Annual report of the Punjab Veterinary College and of the Civil Veterinary Department, Punjab - 1920-1925
Year: 1920
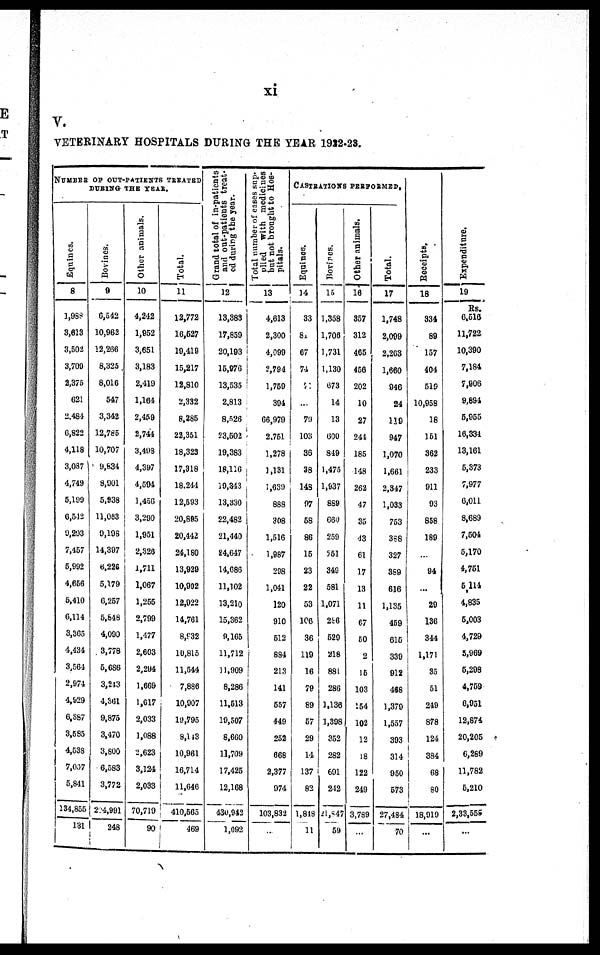
xi
V.
VETERI NARY HOSPI TALS DURI NG T H E YEAR 1922- 23.
NUMBER OF OUT-PATIENTS TREATED
DURING THE YEAR.
Equines.
8
1, 988
3, 613
3, 502
3, 700
2, 375
621
2, 484
6, 822
4, 118
3, 087
4, 749
5, 199
6, 512
9, 293
7, 457
5, 992
4, 656
5, 410
6, 114
3, 365
4, 434
3, 564
2, 974
4, 929
6, 887
3, 585
4, 538
7, 007
5, 841
134, 855
131
Bovines.
9
6, 542
10, 962
12, 266
8, 325
8, 016
547
3, 342
12, 785
10, 707
9, 834
8, 901
5, 938
11, 083
9, 198
14, 397
6, 226
5, 179
6, 257
5, 848
4, 090
3, 778
5, 686
3, 243
4, 361
9, 875
3, 470
3, 800
6, 583
3, 772
204, 991
248
Other animals.
10
4, 242
1, 952
3, 651
3, 183
2, 419
1, 164
2, 459
2, 744
3, 498
4, 397
4, 594
1, 456
3, 290
1, 951
2, 326
1, 711
1, 067
1, 255
2, 799
1, 477
2, 603
2, 294
1, 669
1, 617
2, 033
1, 088
2, 623
3, 124
2, 033
70, 719
90
Total.
11
12, 772
16, 527
19, 419
15, 217
12, 810
2, 332
8, 285
22, 351
18, 323
17, 318
18, 244
12, 593
20, 895
20, 442
24, 180
13, 929
10, 902
12, 922
14, 761
8, 832
10, 815
11, 544
7, 886
10, 907
19, 795
8, 143
10, 961
16, 714
11, 646
410, 565
469
Grand total of in-patients
and out-patients treat-
ed during the year.
12
13, 383
17, 859
20, 193
15, 976
13, 535
2, 813
8, 526
23, 502
19, 383
18, 116
19, 343
13, 330
22, 482
21, 440
24, 647
14, 686
11, 102
13, 210
15, 362
9, 165
11, 712
11, 909
8, 286
11, 513
19, 507
8, 660
11, 709
17, 425
12, 168
430, 942
1, 092
Total number of cases sup-
plied with medicines
but not brought to Hos-
pitals.
13
4, 613
2, 300
4, 099
2, 794
1, 759
394
66, 979
2, 751
1, 278
1, 131
1, 639
888
308
1, 516
1, 987
298
1, 041
120
910
512
884
213
141
557
449
252
668
2, 377
974
103, 832
...
CASTRATI ONS P ERF ORMED.
Equines.
14
33
8
67
74
71
...
79
103
36
38
148
97
58
86
15
23
22
53
106
36
119
16
79
89
57
29
14
137
82
1, 848
11
Bovines.
15
1, 358
1, 708
1, 731
1, 130
673
14
13
600
849
1, 475
1, 937
889
660
259
251
349
581
1, 071
286
529
218
881
286
1, 136
1, 398
352
282
691
212
21,847
59
Other animals.
16
357
312
465
456
202
10
27
241
185
148
262
47
35
43
61
17
13
11
67
60
2
15
103
154
102
12
18
122
249
3, 789
...
Total.
17
1, 748
2, 099
2, 263
1, 660
946
24
119
947
1, 070
1, 661
2, 847
1, 033
753
388
327
389
616
1, 135
459
615
339
912
468
1, 379
1, 557
393
314
950
573
27, 484
70
Receipts.
18
334
89
157
404
519
10, 958
18
151
362
233
911
93
858
189
... 94
...
29
136
344
1, 171
35
51
249
878
124
384
68
80
18, 919
...
Expenditure.
19
Rs.
6, 516
11, 722
10, 390
7, 184
7, 906
9, 894
5, 955
16, 334
13, 161
5, 373
7, 977
6, 011
8, 689
7, 504
5, 170
4, 751
5,114
4, 835
5, 003
4, 729
5, 969
5, 298
4, 759
6, 951
12, 874
20, 205
6, 289
11, 782
5, 210
2, 33, 555
...